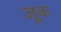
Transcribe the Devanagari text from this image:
ज़ूक